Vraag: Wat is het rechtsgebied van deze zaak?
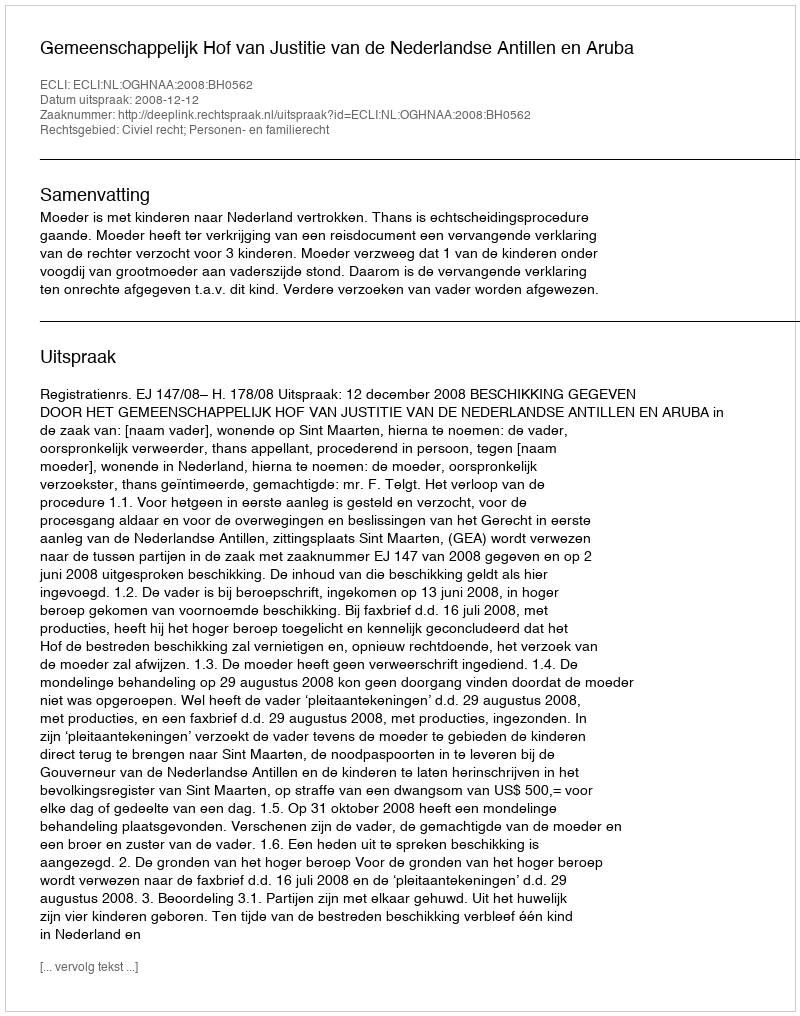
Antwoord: Civiel recht; Personen- en familierecht